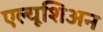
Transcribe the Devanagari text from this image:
एल्यूशिअन